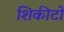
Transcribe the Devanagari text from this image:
शिकीटो